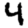
Digit: 4